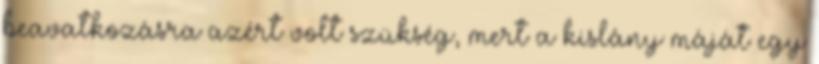
beavatkozásra azért volt szükség, mert a kislány máját egy